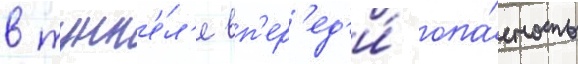
в тунн'е́л'е вп'ер'ед'и́ опа́сность